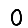
Digit: 0